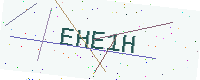
Text: EHE1H